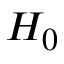
H _ { 0 }